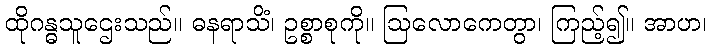
ထိုဂန္ဓသူဌေးသည်။ ဓနရာသိံ၊ ဥစ္စာစုကို။ ဩလောကေတွာ၊ ကြည့်၍။ အာဟ၊